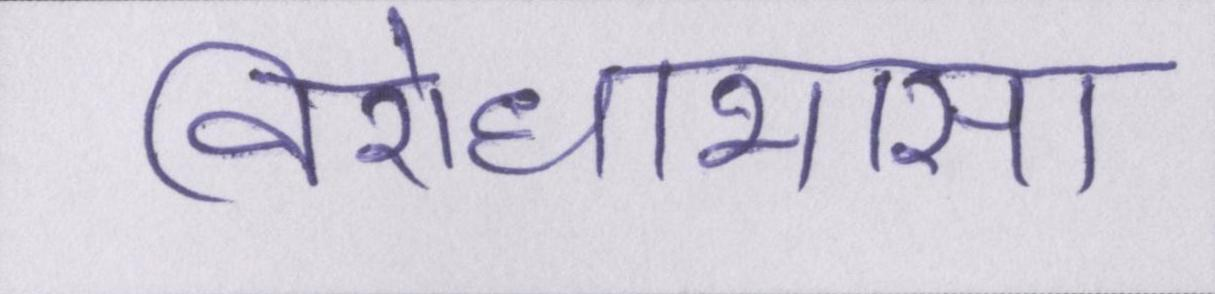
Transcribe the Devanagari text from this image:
विरोधाभास।